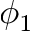
\phi _ { 1 }